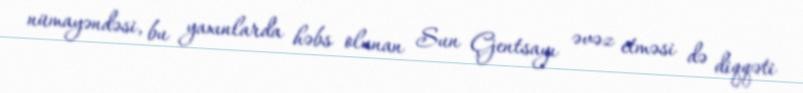
nümayəndəsi, bu yaxınlarda həbs olunan Sun Çjentsayı əvəz etməsi də diqqəti